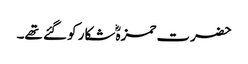
حضرت حمزہؓ شکار کو گئے تھے۔